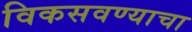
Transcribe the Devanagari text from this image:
विकसवण्याचा